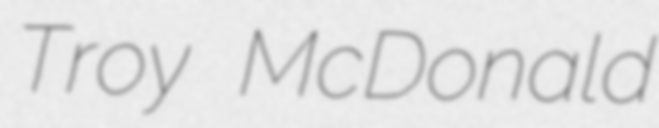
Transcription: Troy McDonald